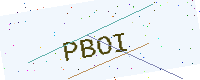
Text: PBOI